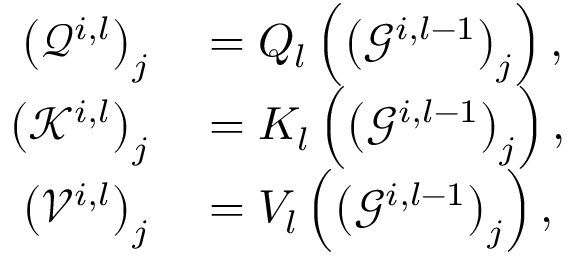
\begin{array} { r l } { \left( \mathcal { Q } ^ { i , l } \right) _ { j } } & { { } = Q _ { l } \left( \left( \mathcal { G } ^ { i , l - 1 } \right) _ { j } \right) , } \\ { \left( \mathcal { K } ^ { i , l } \right) _ { j } } & { { } = K _ { l } \left( \left( \mathcal { G } ^ { i , l - 1 } \right) _ { j } \right) , } \\ { \left( \mathcal { V } ^ { i , l } \right) _ { j } } & { { } = V _ { l } \left( \left( \mathcal { G } ^ { i , l - 1 } \right) _ { j } \right) , } \end{array}